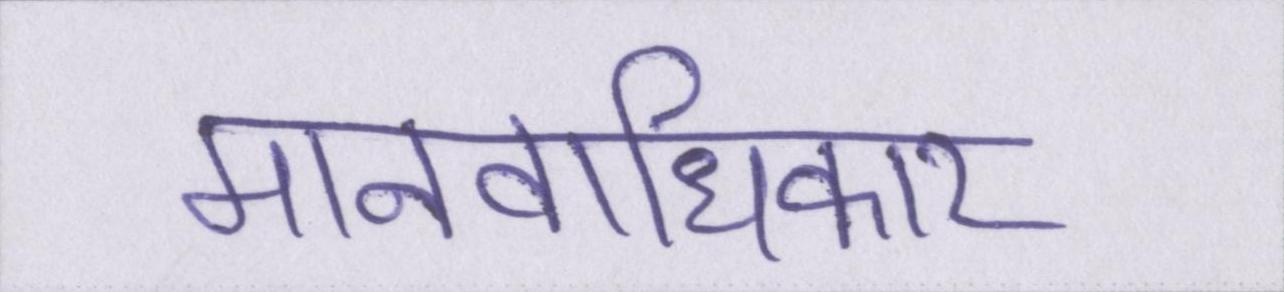
मानवाधिकार